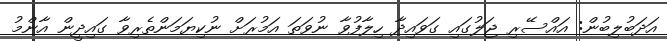
އަދަބުލިބުން: އައްސޭރި ޖަލުގައި ގަވައިދާ ހިލާފުވާ ނުވަތަ އަމުރަށް ނުކިޔަމަންތެރިވާ ގައިދީން އާންމު